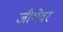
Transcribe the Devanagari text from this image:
जीभेवर